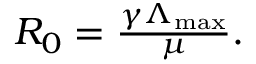
\begin{array} { r } { R _ { 0 } = \frac { \gamma \Lambda _ { \mathrm { m a x } } } { \mu } . } \end{array}